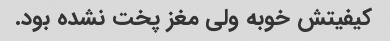
کیفیتش خوبه ولی مغز پخت نشده بود.